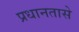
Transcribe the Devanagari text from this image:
प्रधानतासे